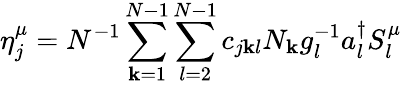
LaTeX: \eta_{j}^{\mu}=N^{-1}\sum_{\mathbf{k}=1}^{N-1}\sum_{l=2}^{N-1}c_{j\mathbf{k}l}N_{\mathbf{k}}g_{l}^{-1}a_{l}^{\dagger}S_{l}^{\mu}